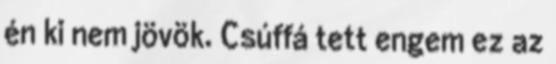
én ki nem jövök. Csúffá tett engem ez az